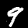
Digit: 9